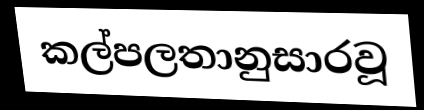
කල්පලතානුසාරවූ